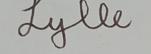
Signature authenticity: genuine